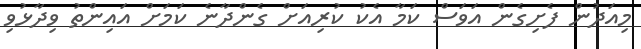
މިއަދުން ފެށިގެން އަވަސް ކަމާ އެކު ކުރިއަށް ގެންދާނެ ކަމަށް އައިންތު ވިދާޅުވި